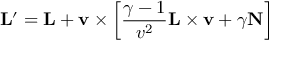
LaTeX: \mathbf { L } ^ { \prime } = \mathbf { L } + \mathbf { v } \times \left[ { \frac { \gamma - 1 } { v ^ { 2 } } } \mathbf { L } \times \mathbf { v } + \gamma \mathbf { N } \right]